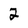
Character: 2